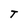
Character: T